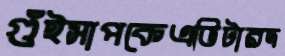
গুঁইসাপকেএভিটারদ